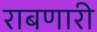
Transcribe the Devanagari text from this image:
राबणारी